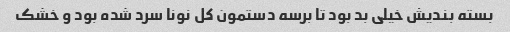
بسته بندیش خیلی بد بود تا برسه دستمون کل نونا سرد شده بود و خشک